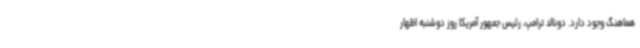
هماهنگ وجود دارد. دونالد ترامپ، رئیس جمهور آمریکا روز دوشنبه اظهار